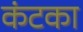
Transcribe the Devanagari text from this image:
कंटका